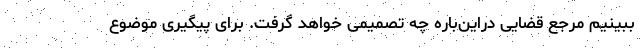
ببینیم مرجع قضایی دراین‌باره چه تصمیمی خواهد گرفت. برای پیگیری موضوع